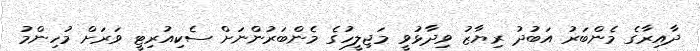
ދާއިރާގެ މެންބަރު އަބުދު ރިޔާޒު ވިދާޅުވީ މަޖިލީހުގެ މެންބަރުންނަށް ސެކިއުރިޓީ ވަރަށް މުހިންމު